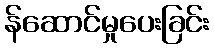
န်ဆောင်မှုပေးခြင်း